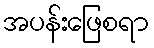
အပန်းဖြေစရာ